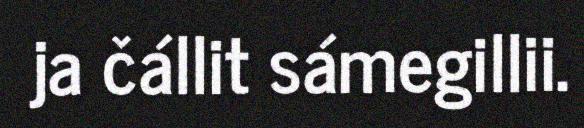
ja čállit sámegillii.